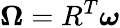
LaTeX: {\boldsymbol\Omega}=R^{T}{\boldsymbol\omega}